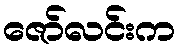
ဇော်လင်းက